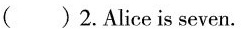
( )2.Alice is seven.